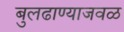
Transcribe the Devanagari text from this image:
बुलढाण्याजवळ